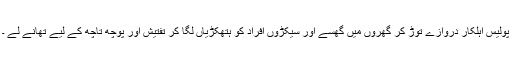
پولیس اہلکار دروازے توڑ کر گھروں میں گھسے اور سیکڑوں افراد کو ہتھکڑیاں لگا کر تفتیش اور پوچھ تاچھ کے لیے تھانے لے ۔